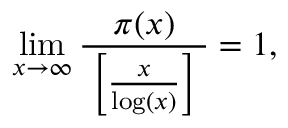
\operatorname* { l i m } _ { x \to \infty } { \frac { \; \pi ( x ) \; } { \; \left[ { \frac { x } { \log ( x ) } } \right] \; } } = 1 ,